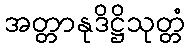
အတ္တာနုဒိဋ္ဌိသုတ္တံ